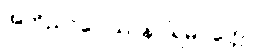
အဘိညာဝေါသာနပါရမိပ္ပတ္တော